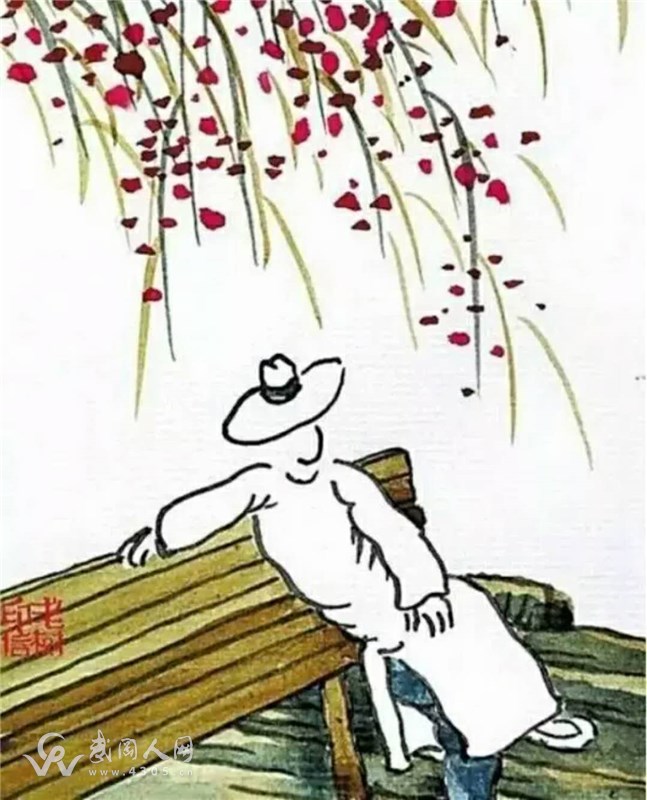
虚负凌云万丈才，一生襟抱未曾开。